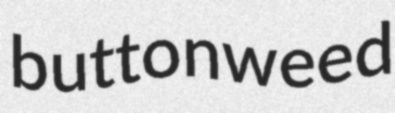
buttonweed